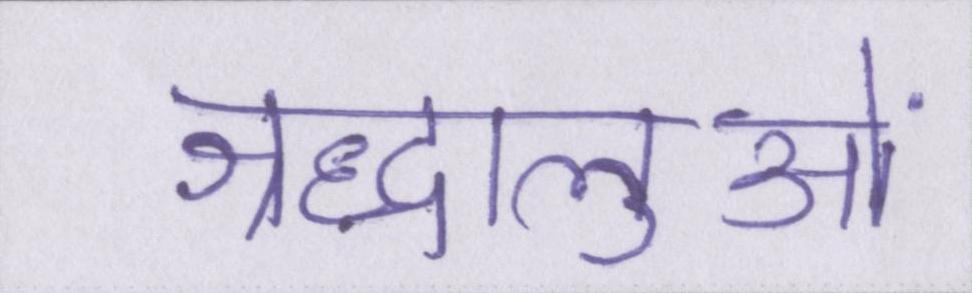
श्रद्धालुओं